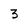
Character: 3